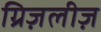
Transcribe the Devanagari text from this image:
ग्रिज़लीज़